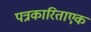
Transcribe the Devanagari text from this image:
पत्रकारिताएक